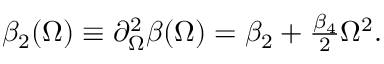
\begin{array} { r } { \beta _ { 2 } ( \Omega ) \equiv \partial _ { \Omega } ^ { 2 } \beta ( \Omega ) = \beta _ { 2 } + \frac { \beta _ { 4 } } { 2 } \Omega ^ { 2 } . } \end{array}